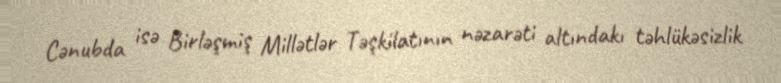
Cənubda isə Birləşmiş Millətlər Təşkilatının nəzarəti altındakı təhlükəsizlik